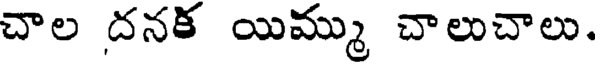
చాల దనక యిమ్ము చాలుచాలు.